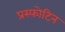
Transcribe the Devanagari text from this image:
प्रस्फोटिन